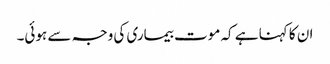
ان کا کہنا ہے کہ موت بیماری کی وجہ سے ہوئی۔